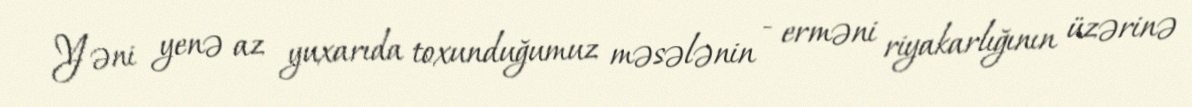
Yəni yenə az yuxarıda toxunduğumuz məsələnin - erməni riyakarlığının üzərinə